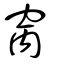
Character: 窉